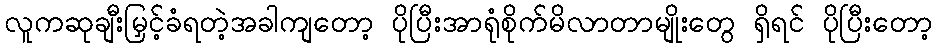
လူကဆုချီးမြှင့်ခံရတဲ့အခါကျတော့ ပိုပြီးအာရုံစိုက်မိလာတာမျိုးတွေ ရှိရင် ပိုပြီးတော့